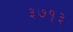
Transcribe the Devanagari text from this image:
३७१३